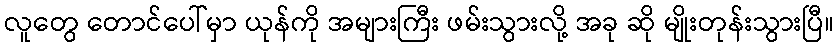
လူတွေ တောင်ပေါ်မှာ ယုန်ကို အများကြီး ဖမ်းသွားလို့ အခု ဆို မျိုးတုန်းသွားပြီ။